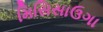
મિસિસાઉગા